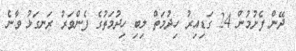
ދޭން ފެށުމުން 24 ގަޑިއިރު ހިދުމަތް ލިބި ހިދުމަތުގެ ފެންވަރު ރަނގަޅު ވާނެ